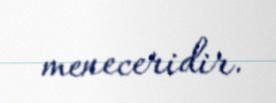
meneceridir.